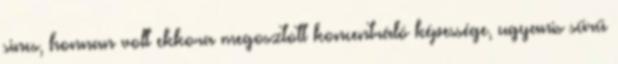
sincs, honnan volt ekkora megosztott koncentráló képessége, ugyanis sűrű